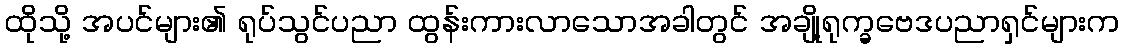
ထိုသို့ အပင်များ၏ ရုပ်သွင်ပညာ ထွန်းကားလာသောအခါတွင် အချို့ရုက္ခဗေဒပညာရှင်များက